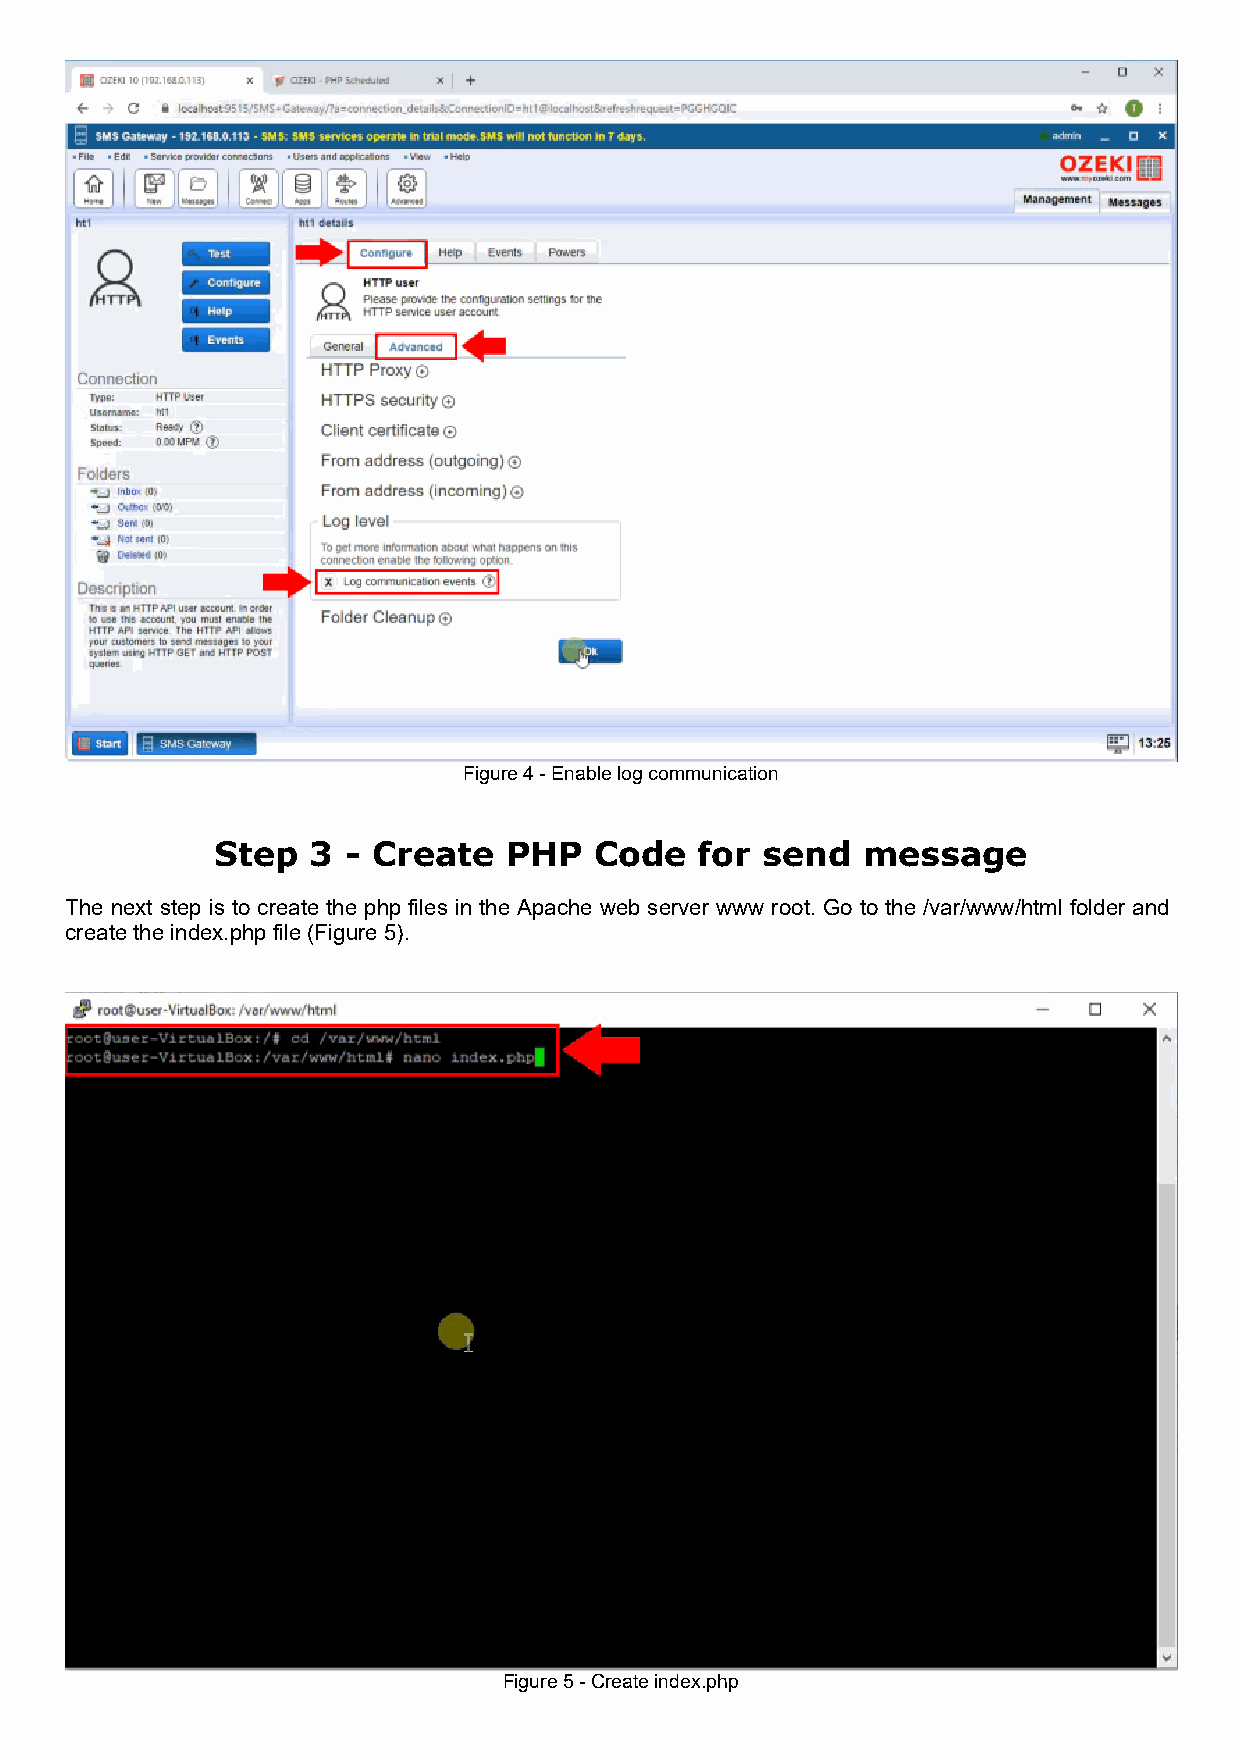
Figure 4 - Enable log communication
 Step  3  - Create  PHP   Code   for  send  message
 The next step is to create the php files in the Apache web server www root. Go to the /var/www/html folder and
 create the index.php file (Figure 5).
 Figure 5 - Create index.php